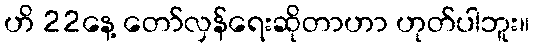
ဟိ 22နေ့ တော်လှန်ရေးဆိုတာဟာ ဟုတ်ပါဘူး။